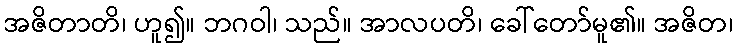
အဇိတာတိ၊ ဟူ၍။ ဘဂဝါ၊ သည်။ အာလပတိ၊ ခေါ်တော်မူ၏။ အဇိတ၊